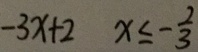
- 3 x + 2 x \leq - \frac { 2 } { 3 }